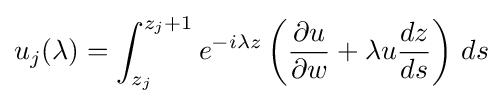
u_{j}(\lambda )=\int _{z_{j}}^{z_{j}+1}e^{-i\lambda z}\left({\frac {\partial u}{\partial w}}+\lambda u{\frac {dz}{ds}}\right)\,ds